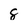
Character: 8